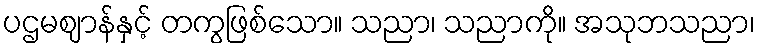
ပဌမဈာန်နှင့် တကွဖြစ်သော။ သညာ၊ သညာကို။ အသုဘသညာ၊